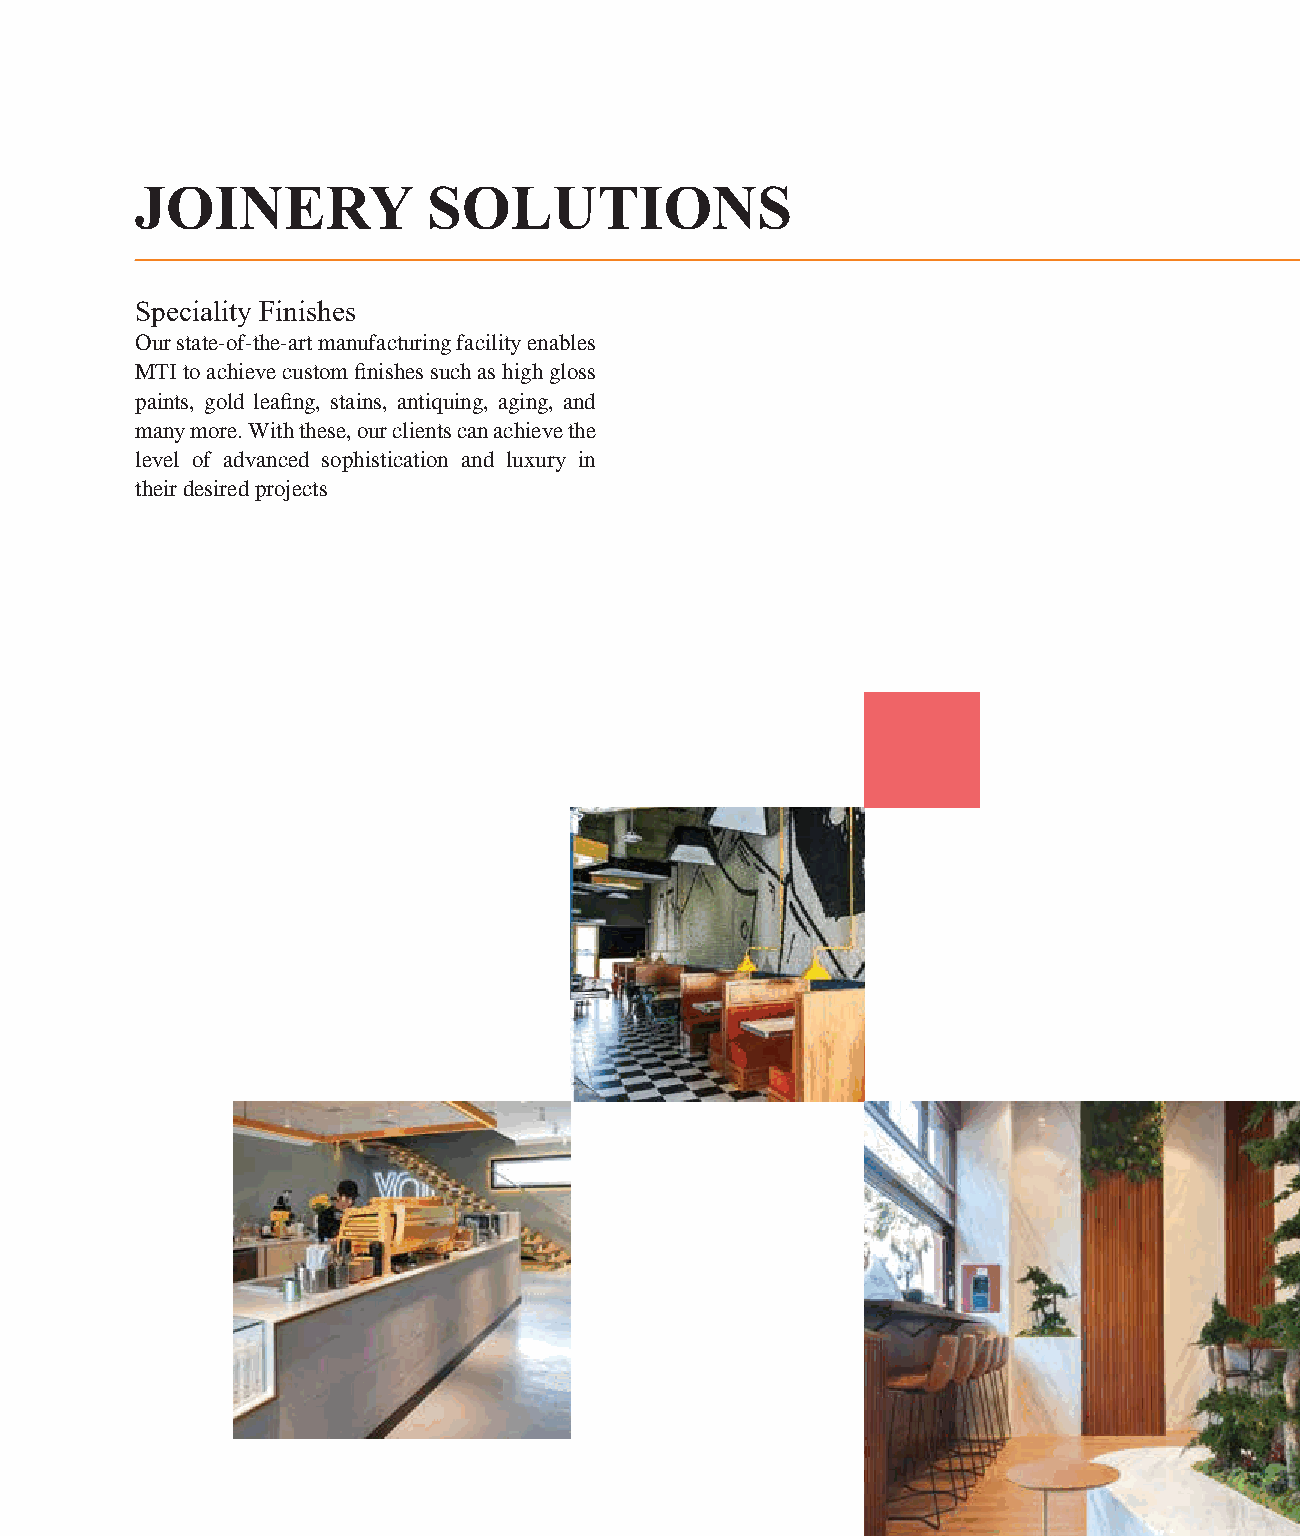
JOINERY            SOLUTIONS
 Speciality Finishes
 Our state-of-the-art manufacturing facility enables
 MTI to achieve custom finishes such as high gloss
 paints, gold leafing, stains, antiquing, aging, and
 many more. With these, our clients can achieve the
 level of advanced sophistication and luxury in
 their desired projects